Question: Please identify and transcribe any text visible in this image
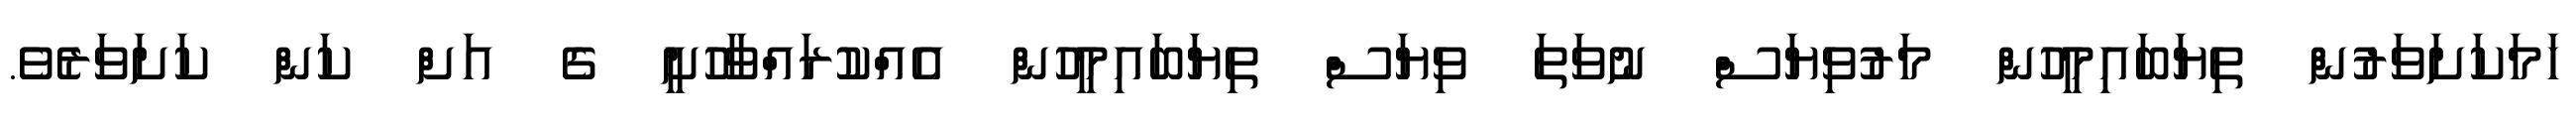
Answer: ހަމަކަށަވަރުން ތިޔަބައިމީހުން މަރުވިޔަސް ނުވަތަ ވިޔަސް ތިޔަބައިމީހުން އެއްކުރައްވާހުށީ ގެ އަށް ކަން ކަށަވަރެވެ.